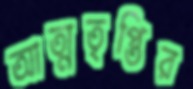
আত্মতৃপ্তির